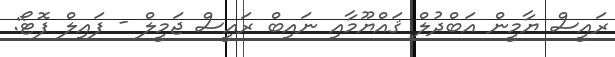
ރައީސް ޔާމީން އަބްދުލް ޤައްޔޫމާއި ނައިބް ރައީސް ޖަމީލް - ފައިލް ފޮޓޯ: